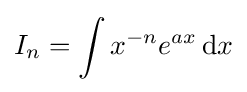
I_{n}=\int x^{-n}e^{ax}\,{\text{d}}x\,\!